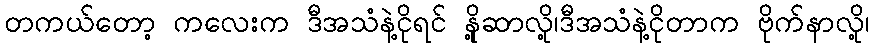
တကယ်တော့ ကလေးက ဒီအသံနဲ့ငိုရင် နို့ဆာလို့၊ဒီအသံနဲ့ငိုတာက ဗိုက်နာလို့၊